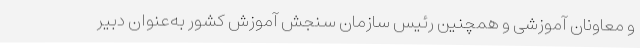
و معاونان آموزشی‌ و همچنین رئیس سازمان سنجش آموزش کشور به‌عنوان دبیر